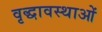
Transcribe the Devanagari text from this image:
वृद्धावस्थाओं